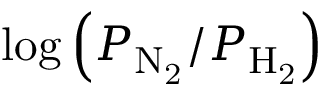
\log \left( { P _ { \mathrm { N _ { 2 } } } / P _ { \mathrm { H _ { 2 } } } } \right)